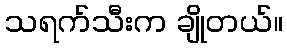
သရက်သီးက ချိုတယ်။